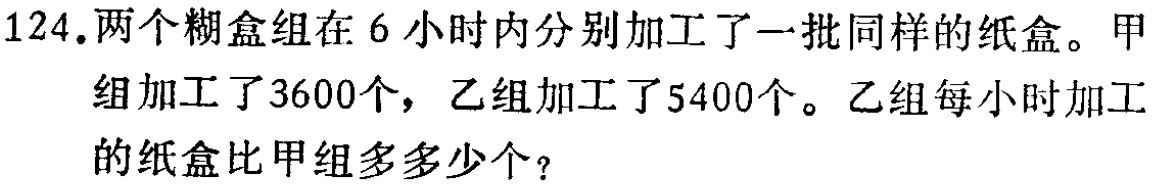
124.两个糊盒组在 6 小时内分别加工了一批同样的纸盒。甲组加工了3600个，乙组加工了5400个。乙组每小时加工的纸盒比甲组多多少个？